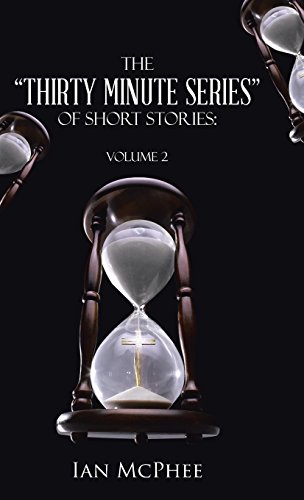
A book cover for The "Thirty Minute Series" of Short Stories: Volume 2; Ian McPhee; Christian Books & Bibles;